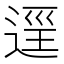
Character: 𨓷